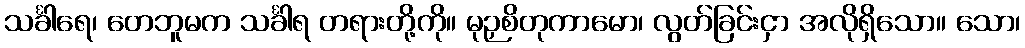
သင်္ခါရေ၊ တေဘူမက သင်္ခါရ တရားတို့ကို။ မုဉှစိတုကာမော၊ လွတ်ခြင်းငှာ အလိုရှိသော။ သော၊